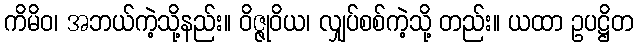
ကိမိဝ၊ အဘယ်ကဲ့သို့နည်း။ ဝိဇ္ဇုဝိယ၊ လျှပ်စစ်ကဲ့သို့ တည်း။ ယထာ ဥပဋ္ဌိတ